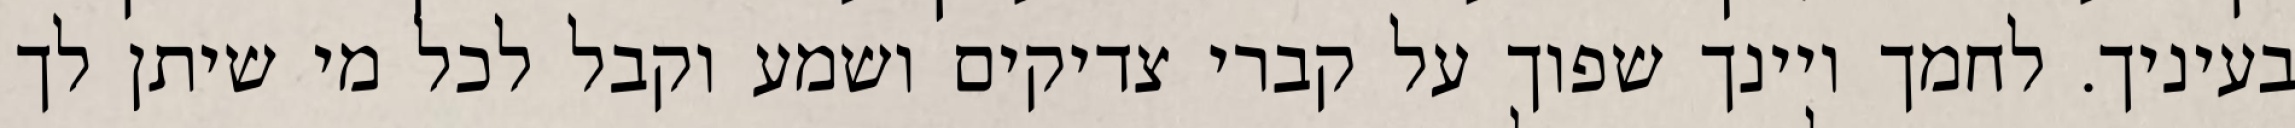
בעיניך. לחמך ויינך שפוך על קברי צדיקים ושמע וקבל לכל מי שיתן לך